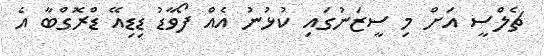
ޗެލްސީ އަށް މި ސީޒަނުގައި ކުޅުނު އެއް ފޯވާޑު ޑިޑިއޭ ޑްރޮގްބާ އެ